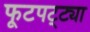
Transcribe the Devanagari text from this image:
फूटपट्ट्या